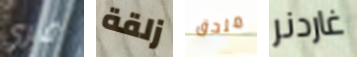
فري زلقة ملحق غاردنر